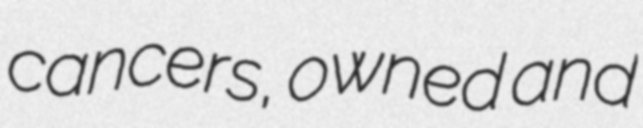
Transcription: cancers, owned and